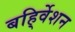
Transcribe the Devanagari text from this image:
बहि्र्वेशन